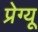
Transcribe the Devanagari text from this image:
प्रेग्यू